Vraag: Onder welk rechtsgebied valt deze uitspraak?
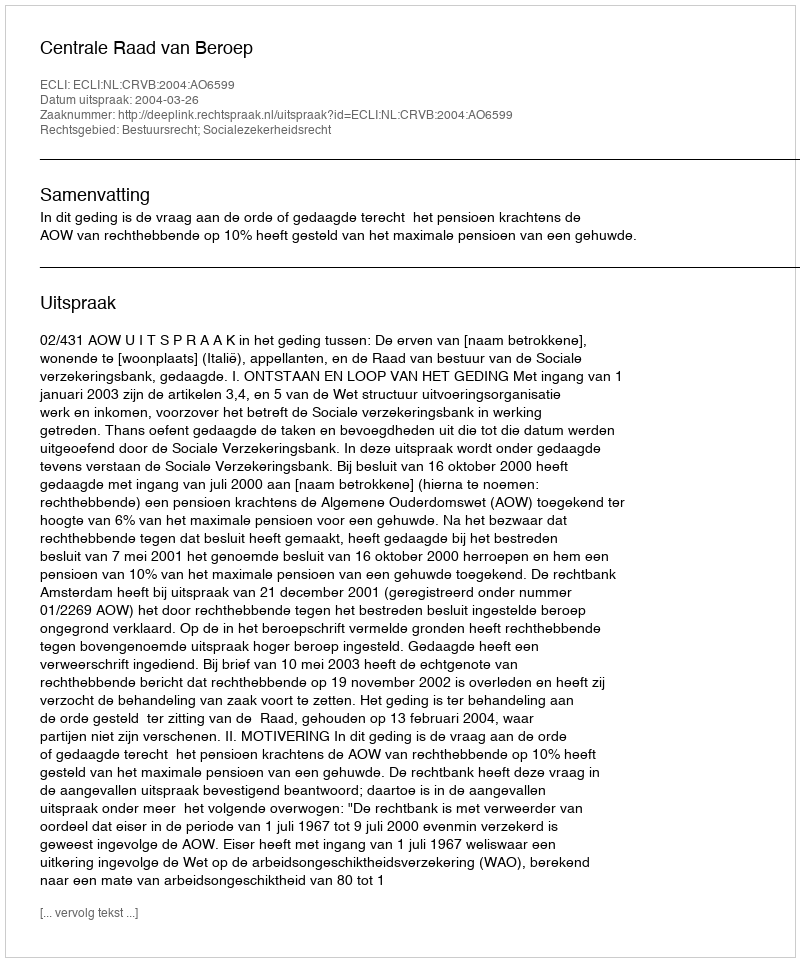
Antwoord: Bestuursrecht; Socialezekerheidsrecht